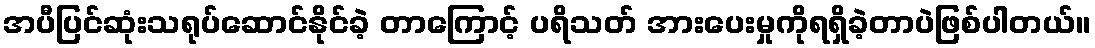
အပီပြင်ဆုံးသရုပ်ဆောင်နိုင်ခဲ့ တာကြောင့် ပရိသတ် အားပေးမှုကိုရရှိခဲ့တာပဲဖြစ်ပါတယ်။